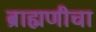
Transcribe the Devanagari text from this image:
ब्राह्मणीचा